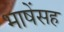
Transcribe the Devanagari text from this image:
भाषेंसह